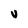
Character: V